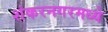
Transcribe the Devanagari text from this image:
शंकरनगरमध्ये